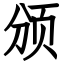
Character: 颁